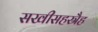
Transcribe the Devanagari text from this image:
सखीसहस्रैह